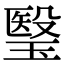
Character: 瑿